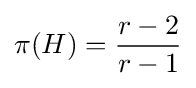
\pi (H)={\frac {r-2}{r-1}}